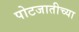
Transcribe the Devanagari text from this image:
पोटजातीच्या